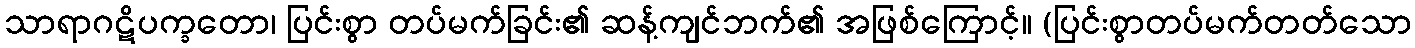
သာရာဂဋိပက္ခတော၊ ပြင်းစွာ တပ်မက်ခြင်း၏ ဆန့်ကျင်ဘက်၏ အဖြစ်ကြောင့်။ (ပြင်းစွာတပ်မက်တတ်သော